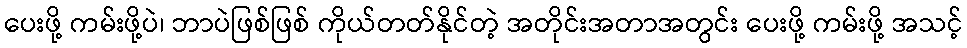
ပေးဖို့ ကမ်းဖို့ပဲ၊ ဘာပဲဖြစ်ဖြစ် ကိုယ်တတ်နိုင်တဲ့ အတိုင်းအတာအတွင်း ပေးဖို့ ကမ်းဖို့ အသင့်